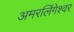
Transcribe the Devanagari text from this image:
अमरलिंगेश्‍वर